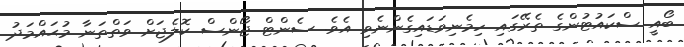
ބޯއީ ސްކައުޓުންގެ ތެރޭގައި ހިމެނިވަޑައިގެންނެވި އެވެ. ސެންޓް ޖޯންސް ކޮލެޖަށް ވަތްތަނާ މުޙައްމަދު